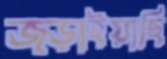
জড়াইয়াছি